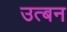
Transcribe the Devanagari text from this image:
उत्बन